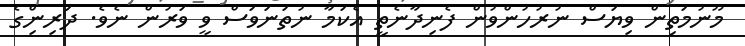
މޫނުމަތިން ވިޔަސް ނުރުހުންވުން ފެނިދާނެތީ އެކަމާ ނުތަނަވަސް ވީ ވަރުން ނެވެ. ދަރިންިގެ